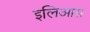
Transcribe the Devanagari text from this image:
इलिआस